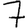
Digit: 7